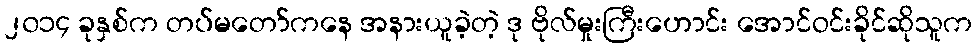
၂၀၁၄ ခုနှစ်က တပ်မတော်ကနေ အနားယူခဲ့တဲ့ ဒု ဗိုလ်မှုးကြီးဟောင်း အောင်ဝင်းခိုင်ဆိုသူက